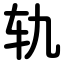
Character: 轨